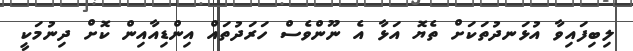
ލިބިފައިވާ އުޅަނދުތަކަށް ތެޔޮ އަޅާ އެ ނޫންވެސް ހަރަދުތައް އިންޑިއާއިން ކޮށް ދިނުމަކީ